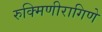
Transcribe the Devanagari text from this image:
रुक्मिणीरागिणे